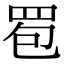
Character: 䍖